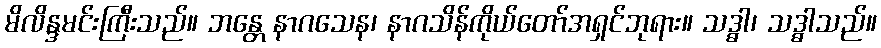
မိလိန္ဒမင်းကြီးသည်။ ဘန္တေ နာဂသေန၊ နာဂသိန်ကိုယ်တော်အရှင်ဘုရား။ သဒ္ဓါ၊ သဒ္ဓါသည်။